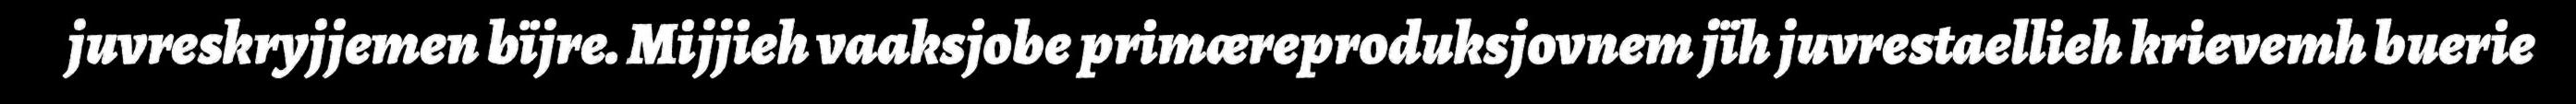
juvreskryjjemen bïjre. Mijjieh vaaksjobe primæreproduksjovnem jïh juvrestaellieh krievemh buerie